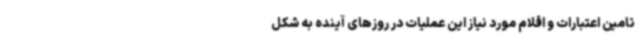
تامین اعتبارات و اقلام مورد نیاز این عملیات در روزهای آینده به شکل